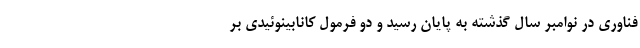
فناوری در نوامبر سال گذشته به پایان رسید و دو فرمول کانابینوئیدی بر